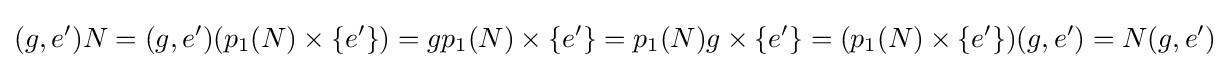
(g,e')N=(g,e')(p_{1}(N)\times \{e'\})=gp_{1}(N)\times \{e'\}=p_{1}(N)g\times \{e'\}=(p_{1}(N)\times \{e'\})(g,e')=N(g,e')